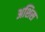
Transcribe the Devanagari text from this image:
अशिस